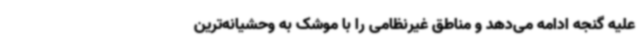
علیه گنجه ادامه می‌دهد و مناطق غیرنظامی را با موشک به وحشیانه‌ترین